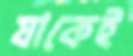
যাকেই